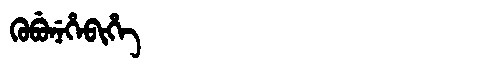
Manchu: ᡴᡠᠪᡠᠨᡝᡥᡝᠪᡳᡥᡝ
Romanization: KUBUNEHEBIHE